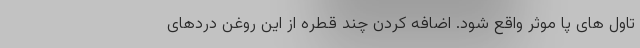
تاول های پا موثر واقع شود. اضافه کردن چند قطره از این روغن دردهای